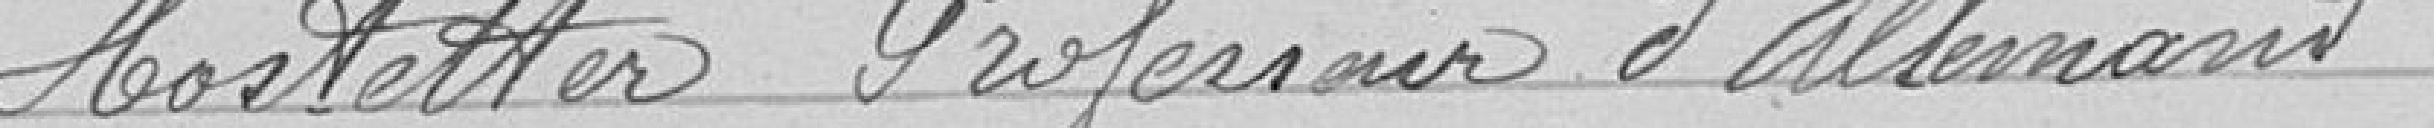
Hostetter Professeur d'allemand